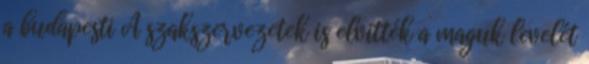
a budapesti A szakszervezetek is elvitték a maguk levelét